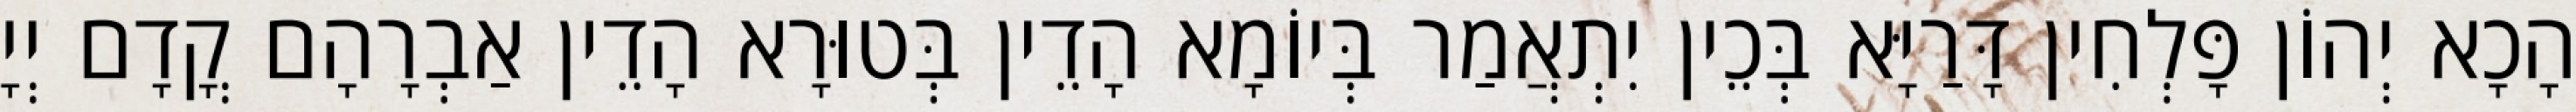
הָכָא יְהוֹן פָּלְחִין דָּרַיָּא בְּכֵין יִתְאֲמַר בְּיוֹמָא הָדֵין בְּטוּרָא הָדֵין אַבְרָהָם קֳדָם יְיָ